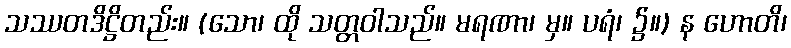
သဿတဒိဋ္ဌိတည်း။ (သော၊ ထို သတ္တဝါသည်။ မရဏာ၊ မှ။ ပရံ၊ ၌။) န ဟောတိ၊